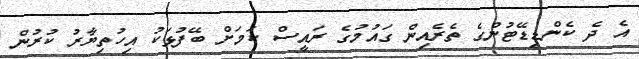
އެ ދެ ކެންޑިޑޭޓުންގެ ތެރެއިން ގައުމުގެ ރައީސް ކަމަށް ބޭފުޅަކު އިހުތިޔާރު ކުރުން